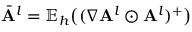
\bar { \mathbf { A } } ^ { l } = \mathbb { E } _ { h } \big ( ( \nabla \mathbf { A } ^ { l } \odot \mathbf { A } ^ { l } ) ^ { + } \big )